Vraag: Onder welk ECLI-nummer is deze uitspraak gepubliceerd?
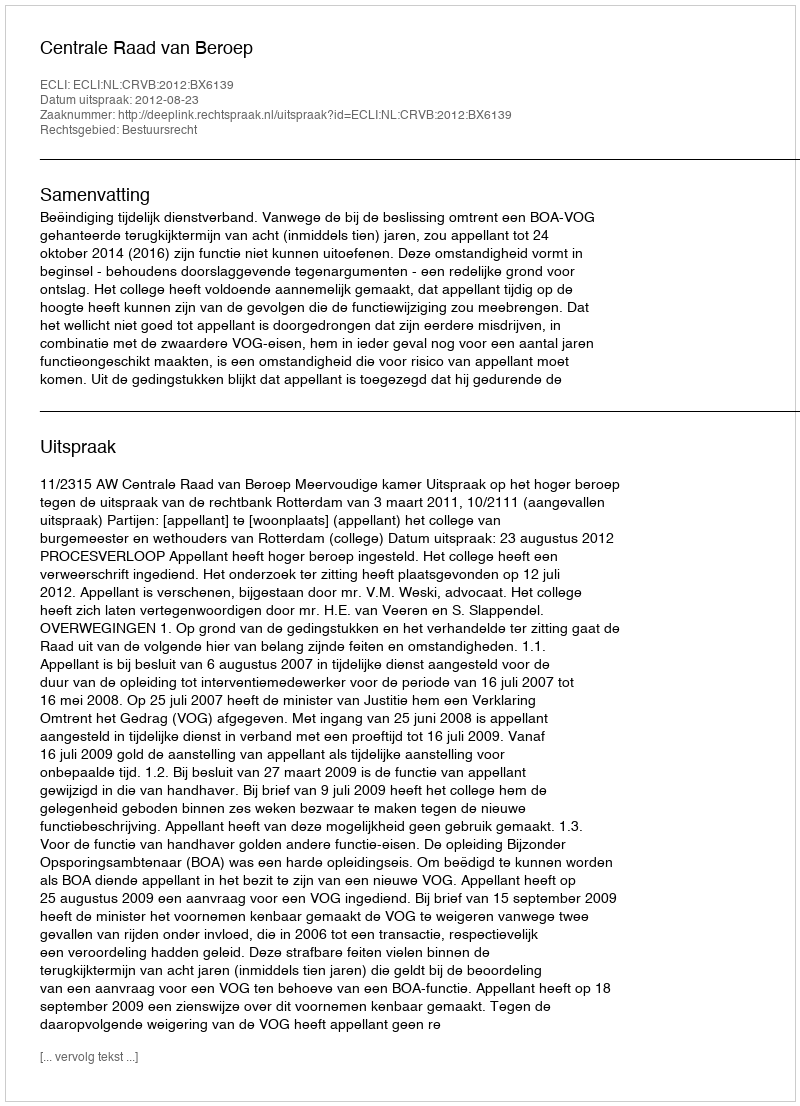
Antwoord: ECLI:NL:CRVB:2012:BX6139